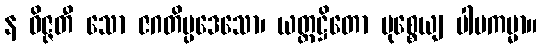
န ဝိဇ္ဇတီ သော ဇဂတိပ္ပဒေသော၊ ယတ္ထဋ္ဌိတော မုစ္စေယျ ပါပကမ္မာ။